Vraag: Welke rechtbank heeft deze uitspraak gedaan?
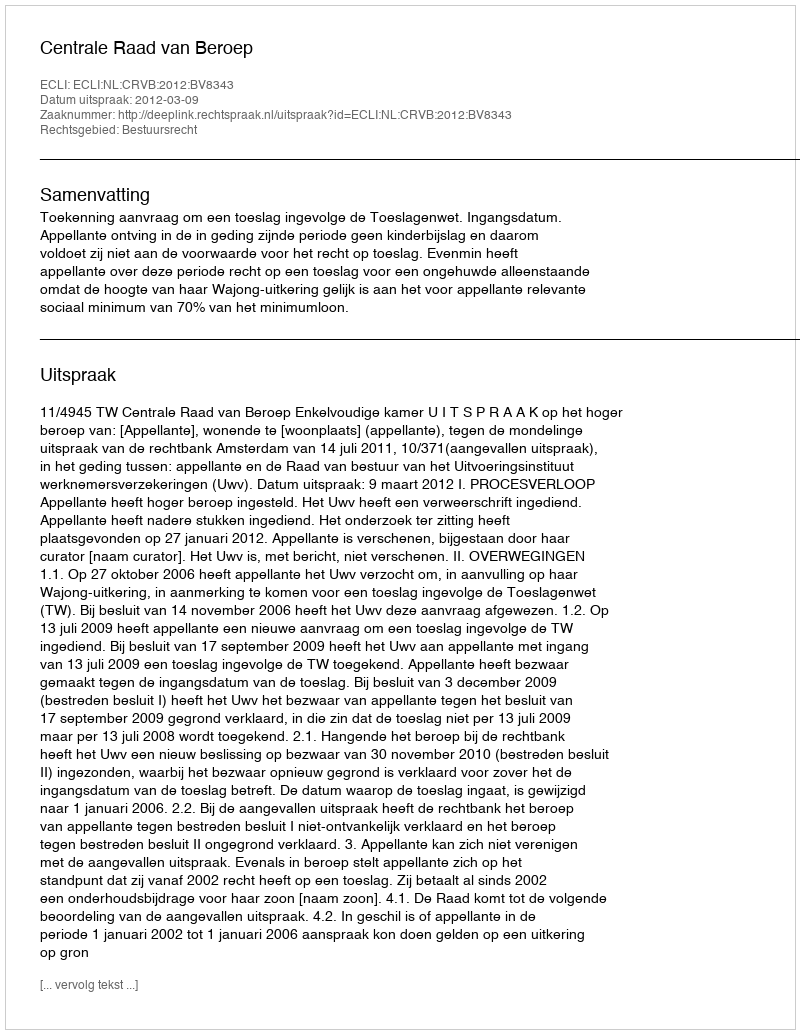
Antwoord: Centrale Raad van Beroep